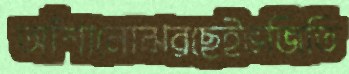
আঁশানোঝরছেইভজিতি